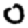
Digit: 0